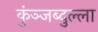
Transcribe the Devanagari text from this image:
कुंञ्जब्दुल्ला